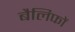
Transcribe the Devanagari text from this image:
बैलिफों